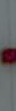
-